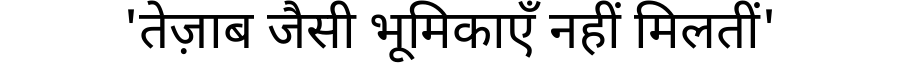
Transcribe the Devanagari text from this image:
'तेज़ाब जैसी भूमिकाएँ नहीं मिलतीं'